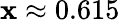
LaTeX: \mathbf{x}\approx0.615